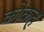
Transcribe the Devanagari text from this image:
कोकह